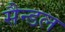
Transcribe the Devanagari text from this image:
सैन्डल